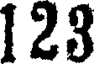
123